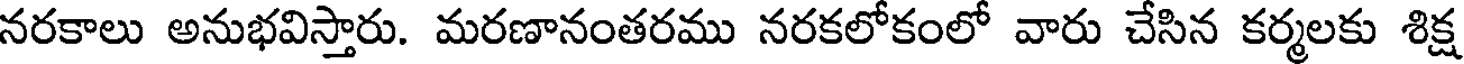
నరకాలు అనుభవిస్తారు. మరణానంతరము నరకలోకంలో వారు చేసిన కర్మలకు శిక్ష